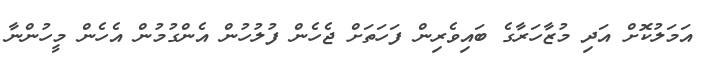
އަމަލުކޮށް އަދި މުޒާހަރާގެ ބައިވެރިން ފަހަތަށް ޖެހެން ފުލުހުން އެންގުމުން އެހެން މީހުންނާ